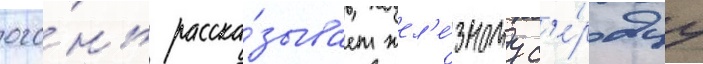
ого́нь расска́зывает жел'е́зному с'е́рдцу